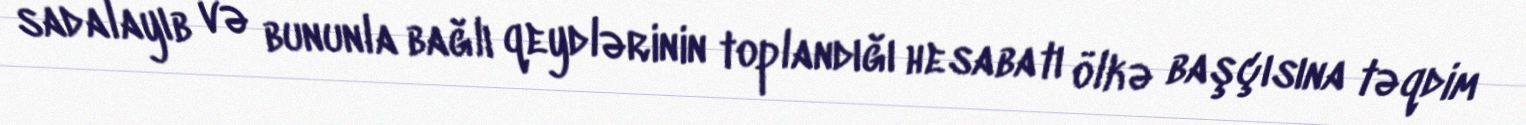
sadalayıb və bununla bağlı qeydlərinin toplandığı hesabatı ölkə başçısına təqdim